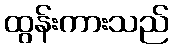
ထွန်းကားသည်